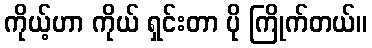
ကိုယ့်ဟာ ကိုယ် ရှင်းတာ ပို ကြိုက်တယ်။